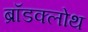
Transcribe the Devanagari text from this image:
ब्रॉडक्लोथ